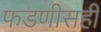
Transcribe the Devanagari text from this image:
फडणीसही